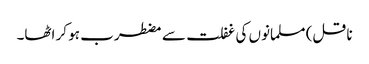
ناقل) مسلمانوں کی غفلت سے مضطرب ہو کر اٹھا۔